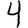
Digit: 4